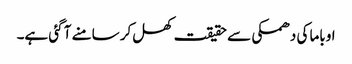
اوباما کی دھمکی سے حقیقت کھل کر سامنے آ گئی ہے۔